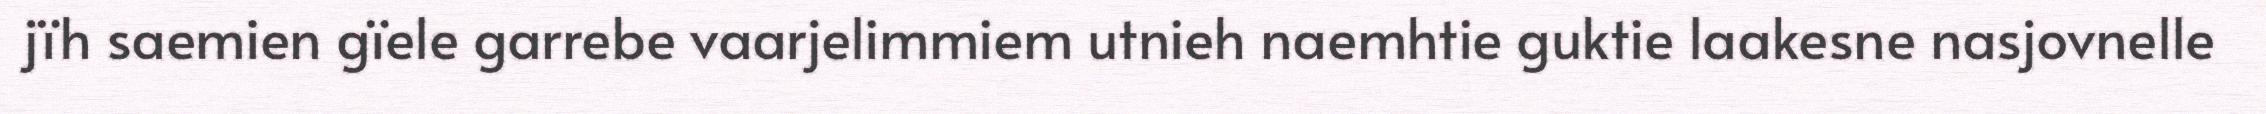
jïh saemien gïele garrebe vaarjelimmiem utnieh naemhtie guktie laakesne nasjovnelle